Lunatic asylums United Provinces 1899-1908 - 1899-1908
Year: 1899
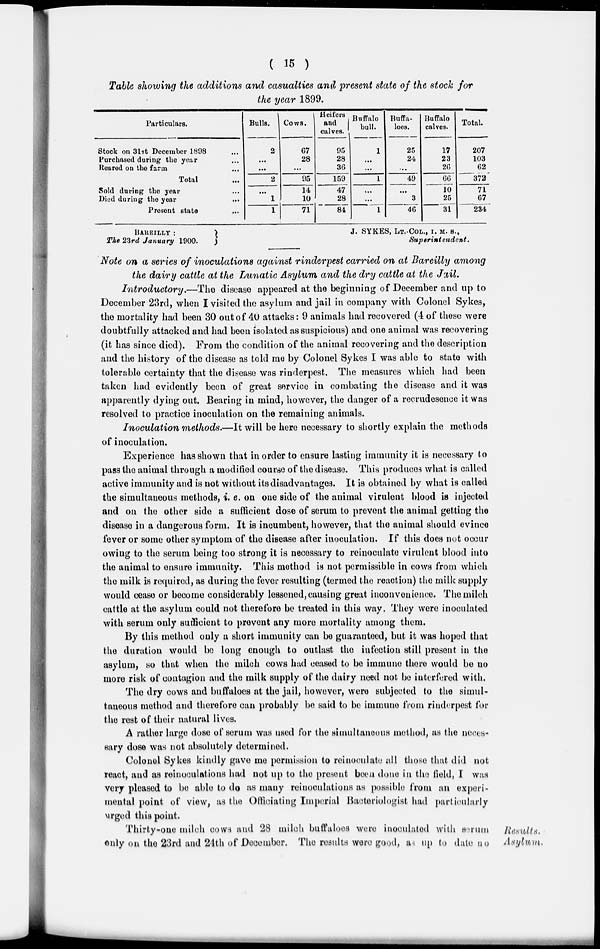
( 15 )
Table showing the additions and casualties and present state of the stock for
the year 1899.
Particulars.
Stock on 31st December 1898 ...
Purchased during the year ...
Reared on the farm ...
Total ...
Sold during the year ...
Died during the year
...
Present state ...
Bulls.
2
...
...
2
...
1
1
Cows.
67
28
...
95
14
10
71
Heifers
and
calves.
95
28
36
159
47
28
84
Buffalo
bull.
1
...
...
1
...
...
1
Buffa-
loes.
25
24
...
49
...
3
46
Buffalo
calves.
17
23
26
66
10
25
31
Total.
207
103
62
372
71
67
234
BARELLY :
The 23rd January 1900.
J. SYKES, LT.-COL., I. M. S.
Superintendent.
Note on a series of inoculations against rinderpest carried on at Bareilly among
the dairy cattle at the Lunatic Asylum and the dry cattle at the Jail.
Introductory.—The disease appeared at the beginning of December and up to
December 23rd, when I visited the asylum and jail in company with Colonel Sykes,
the mortality had been 30 out of 40 attacks: 9 animals had recovered (4 of these were
doubtfully attacked and had been isolated as suspicious) and one animal was recovering
(it has since died). From the condition of the animal recovering and the description
and the history of the disease as told me by Colonel Sykes I was able to state with
tolerable certainty that the disease was rinderpest. The measures which had been
taken had evidently been of great service in combating the disease and it was
apparently dying out. Bearing in mind, however, the danger of a recrudesence it was
resolved to practice inoculation on the remaining animals.
Inoculation methods.—It will be here necessary to shortly explain the methods
of inoculation.
Experience has shown that in order to ensure lasting immunity it is necessary to
pass the animal through a modified course of the disease. This produces what is called
active immunity and is not without its disadvantages. It is obtained by what is called
the simultaneous methods, i. e. on one side of the animal virulent blood is injected
and on the other side a sufficient dose of serum to prevent the animal getting the
disease in a dangerous form. It is incumbent, however, that the animal should evince
fever or some other symptom of the disease after inoculation. If this does not occur
owing to the serum being too strong it is necessary to reinoculate virulent blood into
the animal to ensure immunity. This method is not permissible in cows from which
the milk is required, as during the fever resulting (termed the reaction) the milk supply
would cease or become considerably lessened, causing great inconvenience. The milch
cattle at the asylum could not therefore be treated in this way. They were inoculated
with serum only sufficient to prevent any more mortality among them.
By this method only a short immunity can be guaranteed, but it was hoped that
the duration would be long enough to outlast the infection still present in the
asylum, so that when the milch cows had ceased to be immune there would be no
more risk of contagion and the milk supply of the dairy need not be interfered with.
The dry cows and buffaloes at the jail, however, were subjected to the simul-
taneous method and therefore can probably be said to be immune from rinderpest for
the rest of their natural lives.
A rather large dose of serum was used for the simultaneous method, as the neces-
sary dose was not absolutely determined.
Colonel Sykes kindly gave me permission to reinoculate all those that did not
react, and as reinoculations had not up to the present been done in the field, I was
very pleased to be able to do as many reinoculations as possible from an experi-
mental point of view, as the Officiating Imperial Bacteriologist had particularly
urged this point.
Results.
Asylum.
Thirty-one milch cows and 28 milch buffaloes were inoculated with serum
only on the 23rd and 24th of December. The results were good, as up to date no